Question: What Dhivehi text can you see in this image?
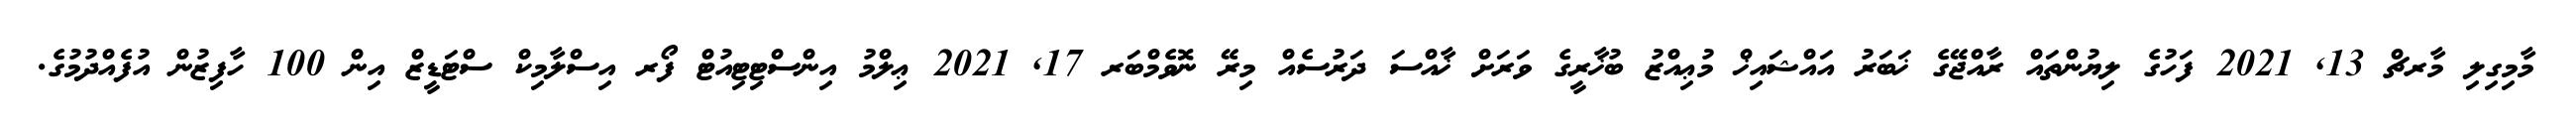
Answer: މާމިގިލި މާރޗް 13, 2021 ފަހުގެ ލިޔުންތައް ރާއްޖޭގެ ޚަބަރު އައްޝައިޚް މުޢިއްޒު ބުޚާރީގެ ވަރަށް ޚާއްސަ ދަރުސެއް މިރޭ ނޮވެމްބަރ 17, 2021 ޢިލްމު އިންސްޓިޓިއުޓް ފޯރ އިސްލާމިކް ސްޓަޑީޒް އިން 100 ހާފިޒުން އުފެއްދުމުގެ.